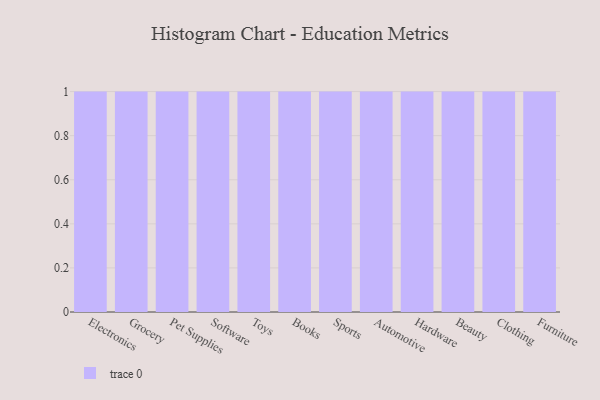
{"axis": {"x": "Category", "y": "Latency (ms)"}, "legend": [""], "data": [{"x": "Electronics", "y": 46, "type": ""}, {"x": "Grocery", "y": 81, "type": ""}, {"x": "Pet Supplies", "y": 80, "type": ""}, {"x": "Software", "y": 58, "type": ""}, {"x": "Toys", "y": 92, "type": ""}, {"x": "Books", "y": 43, "type": ""}, {"x": "Sports", "y": 58, "type": ""}, {"x": "Automotive", "y": 10, "type": ""}, {"x": "Hardware", "y": 2, "type": ""}, {"x": "Beauty", "y": 68, "type": ""}, {"x": "Clothing", "y": 71, "type": ""}, {"x": "Furniture", "y": 54, "type": ""}]}